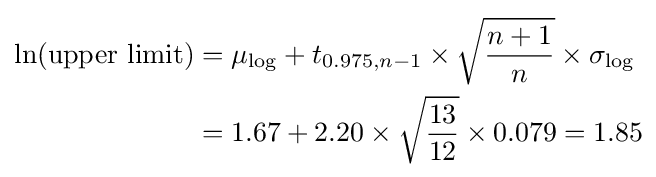
{\begin{aligned}\ln({\text{upper limit}})&=\mu _{\log }+t_{0.975,n-1}\times {\sqrt {\frac {n+1}{n}}}\times \sigma _{\log }\\&=1.67+2.20\times {\sqrt {\frac {13}{12}}}\times 0.079=1.85\end{aligned}}